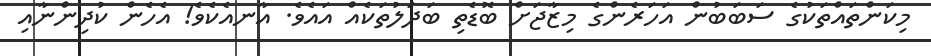
މިކަންތައްތަކުގެ ސަބަބުން އަހަރެންގެ މިޒާޖަށް ބޮޑެތި ބަދަލުތަކެއް އައެވެ. އާނއެކެވެ! އެހެން ކުދިންނާއި